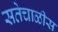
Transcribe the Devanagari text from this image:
सतेचाळीस